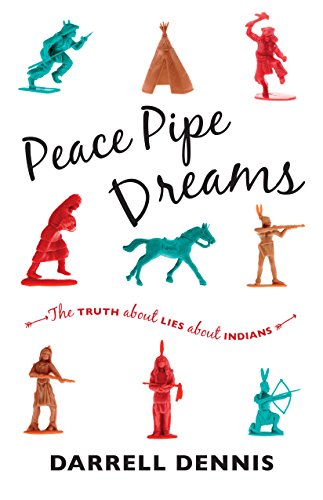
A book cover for Peace Pipe Dreams: The Truth about Lies about Indians; Darrell Dennis; Humor & Entertainment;